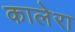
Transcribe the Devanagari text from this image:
कालेरा